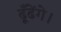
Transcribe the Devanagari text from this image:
ढूँढेंगे।